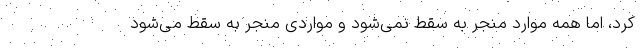
کرد، اما همه موارد منجر به سقط نمی‌شود و مواردی منجر به سقط می‌شود